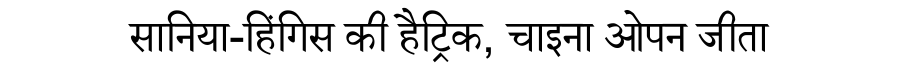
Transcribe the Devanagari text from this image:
सानिया-हिंगिस की हैट्रिक, चाइना ओपन जीता